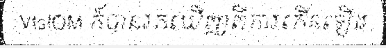
VtsIOM ក៏បានរកឃើញពីការកើនឡើង